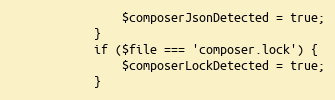
Language: PHP
                $composerJsonDetected = true;
            }
            if ($file === 'composer.lock') {
                $composerLockDetected = true;
            }